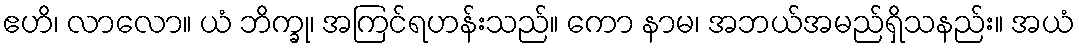
ဧဟိ၊ လာလော။ ယံ ဘိက္ခု၊ အကြင်ရဟန်းသည်။ ကော နာမ၊ အဘယ်အမည်ရှိသနည်း။ အယံ